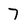
Character: 7